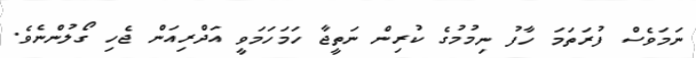
ނަމަވެސް ފުރަަތަމަ ހާފު ނިމުމުގެ ކުރިން ނަތީޖާ ހަމަހަމަވީ އަދްރިއަން ޖެހި ގޯލުންނެވެ.